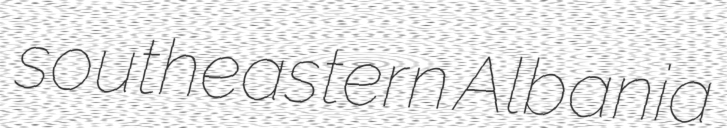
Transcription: southeastern Albania